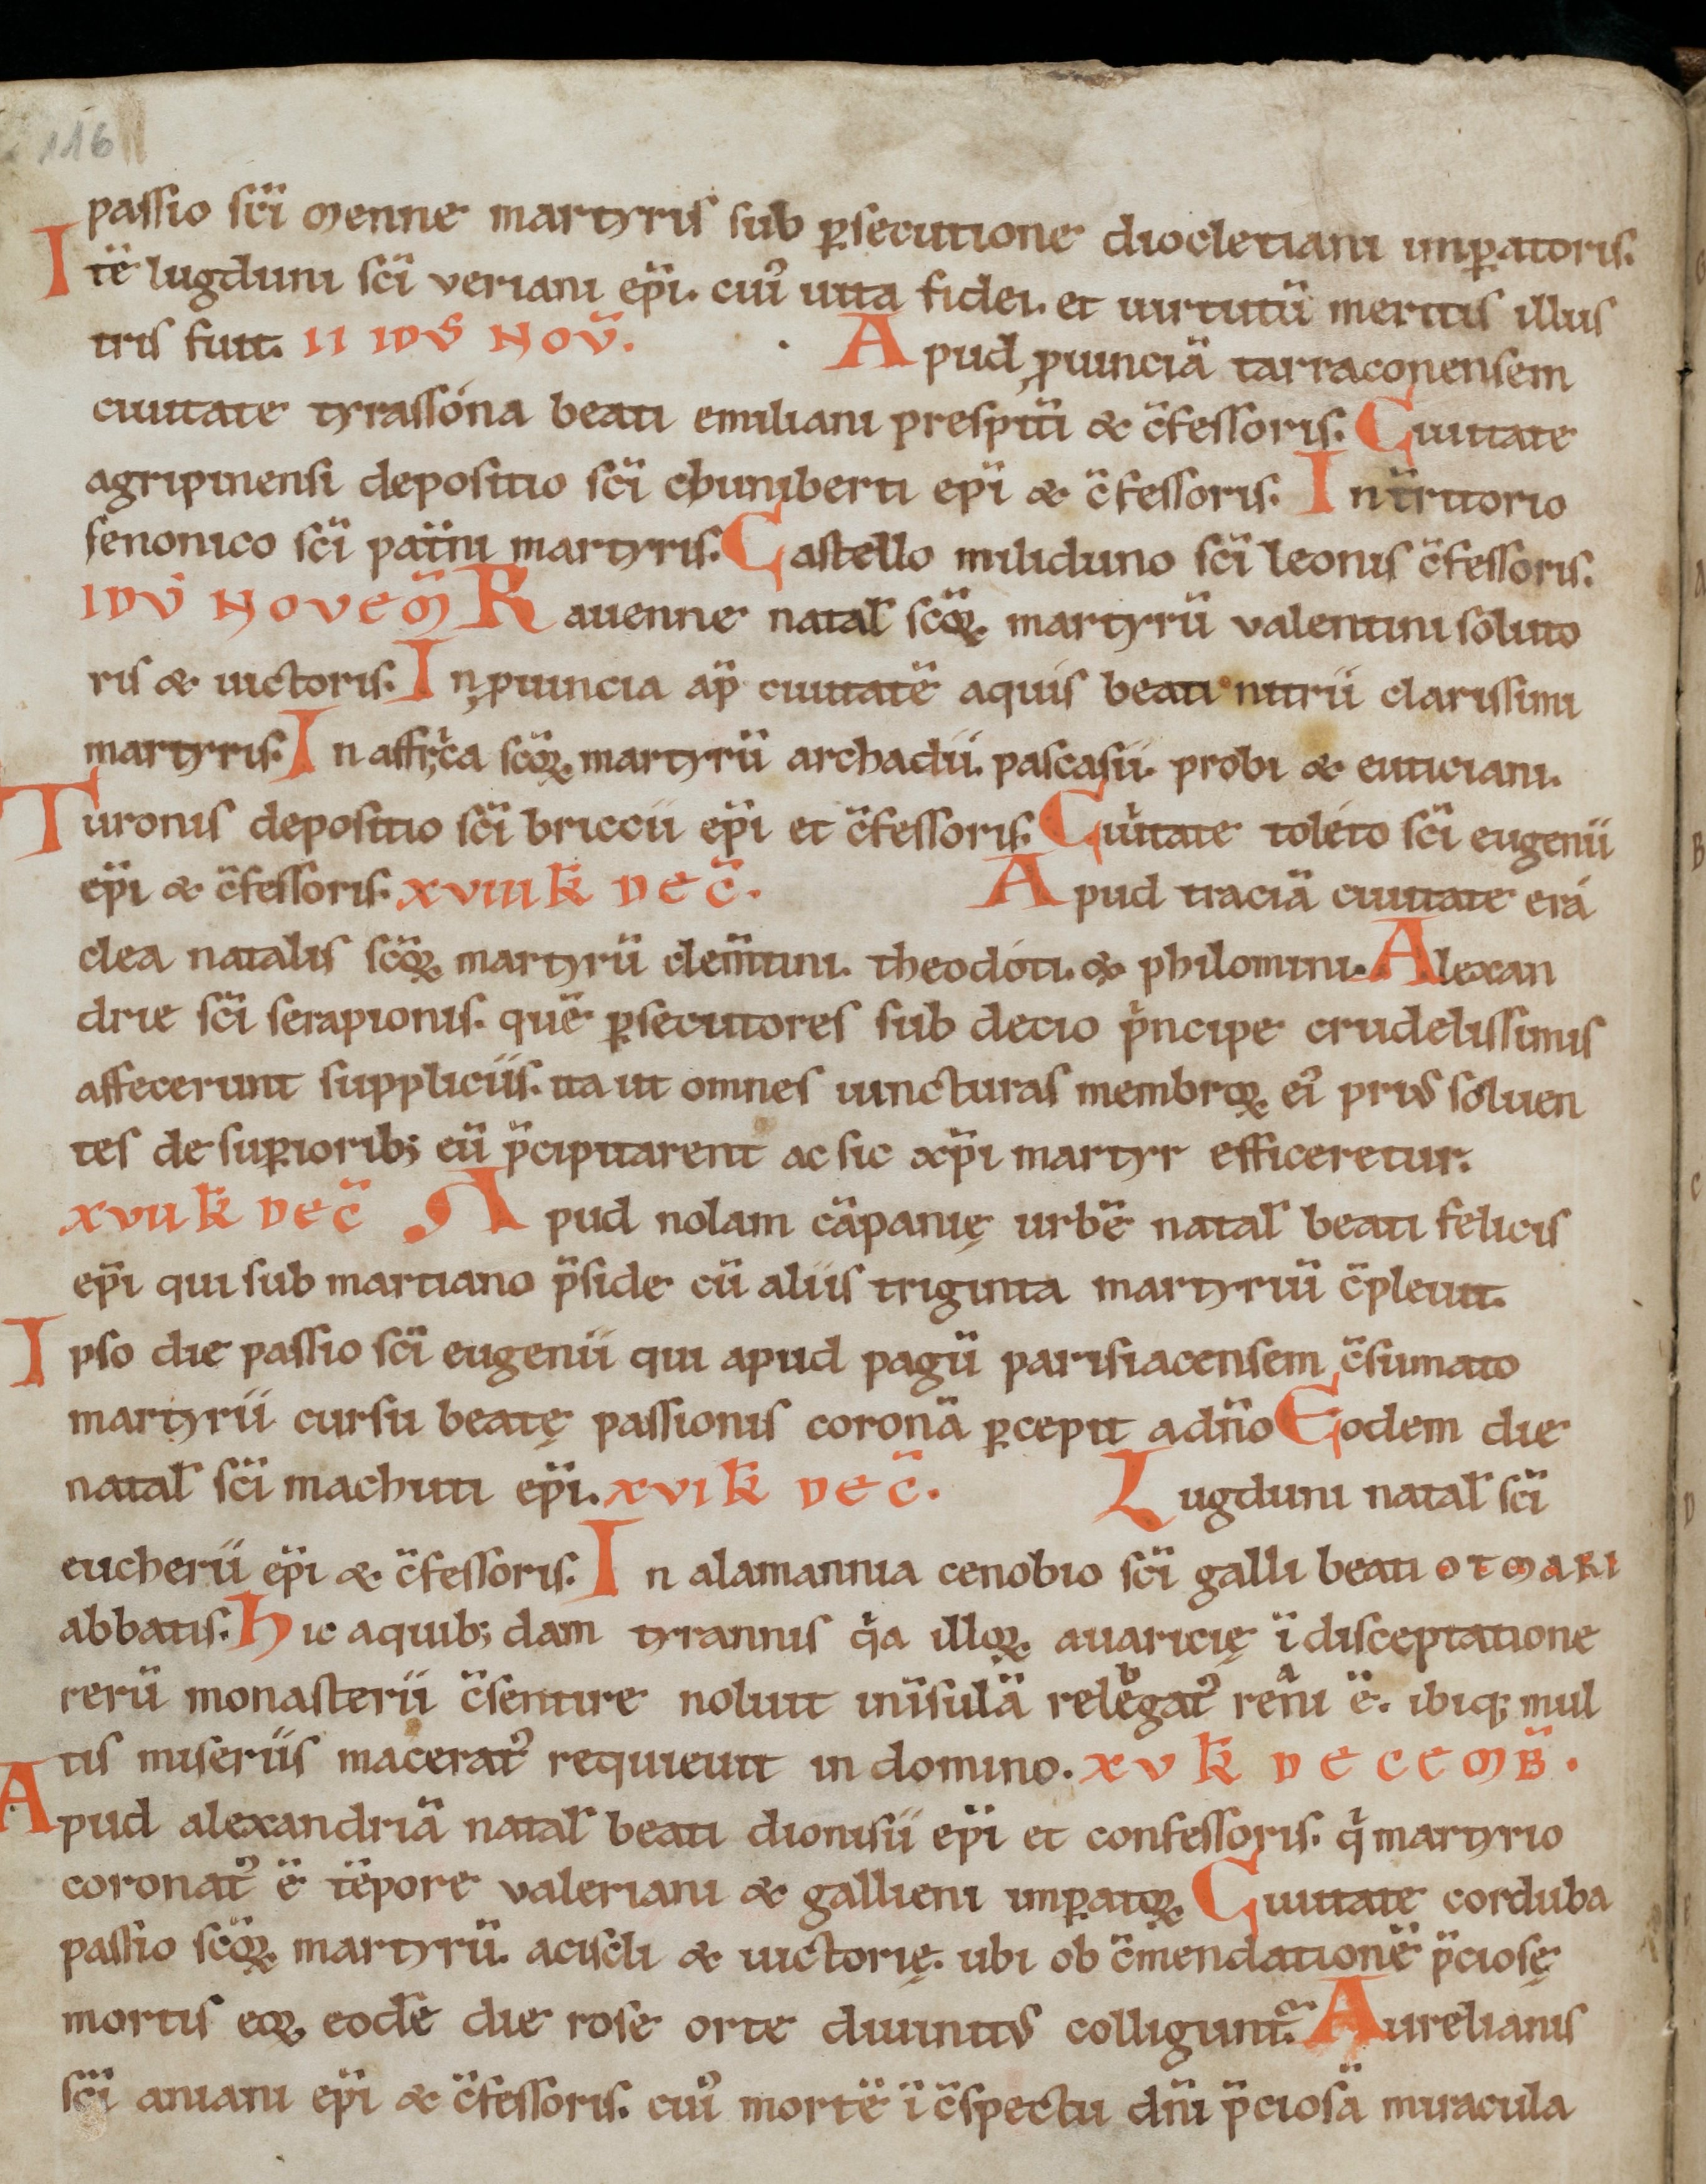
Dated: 1100–1199